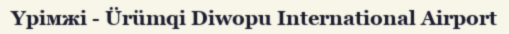
Үрімжі - Ürümqi Diwopu International Airport